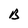
Character: B